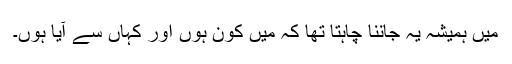
میں ہمیشہ یہ جاننا چاہتا تھا کہ میں کون ہوں اور کہاں سے آیا ہوں۔